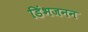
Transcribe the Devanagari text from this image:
डिंभजनन